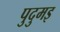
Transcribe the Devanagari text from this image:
पुदुमइ